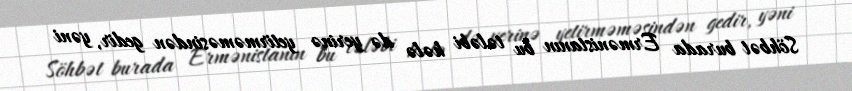
Söhbət burada Ermənistanın bu tələbi hələ də yerinə yetirməməsindən gedir, yəni